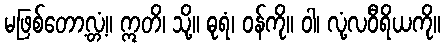
မဖြစ်တော့လ္တံ့။ ဣတိ၊ သို့။ ဓုရံ၊ ဝန်ကို။ ဝါ၊ လုံ့လဝီရိယကို။